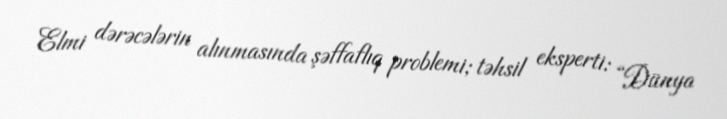
Elmi dərəcələrin alınmasında şəffaflıq problemi; təhsil eksperti: “Dünya